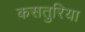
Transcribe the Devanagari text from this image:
कसतुरिया